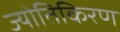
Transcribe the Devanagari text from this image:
ज्योतिकिरण